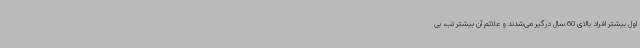
اول بیشتر افراد بالای 60 سال درگیر می‌شدند و علائم آن بیشتر تب، بی